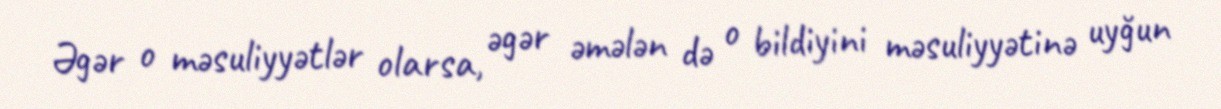
Əgər o məsuliyyətlər olarsa, əgər əmələn də o bildiyini məsuliyyətinə uyğun